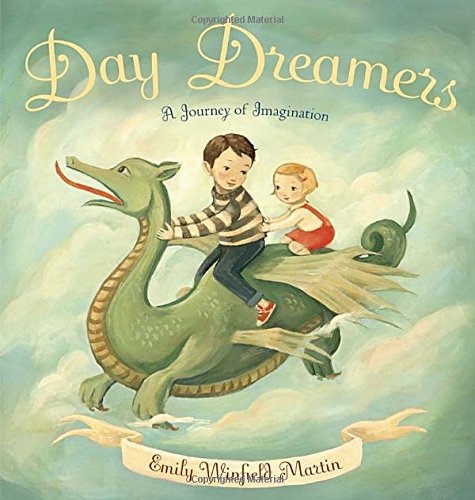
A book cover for Day Dreamers: A Journey of Imagination; Emily Winfield Martin; Children's Books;